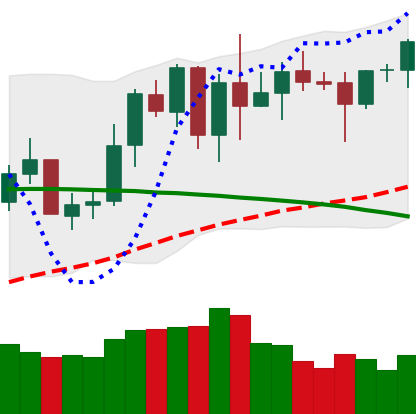
Ticker: XMR-USD
Chart end date: 2020-06-10
Forward return: -7.111%
Label: down_7plus